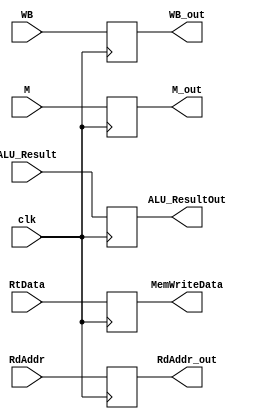
module EXMEM(clk, WB, M, ALU_Result, RtData, RdAddr, WB_out, M_out, ALU_ResultOut, MemWriteData, RdAddr_out);
	input clk;
	input[1:0] WB;
	input[1:0] M;
	input[31:0] ALU_Result, RtData;
	input[4:0] RdAddr;
	output reg[1:0] WB_out = 0;
	output reg[1:0] M_out = 0;
	output reg[31:0] ALU_ResultOut = 0, MemWriteData = 0;
	output reg[4:0] RdAddr_out = 0;
	always@(posedge clk)begin
		WB_out = WB;
		M_out = M;
		ALU_ResultOut = ALU_Result;
		MemWriteData = RtData;
		RdAddr_out = RdAddr;
	end
endmodule